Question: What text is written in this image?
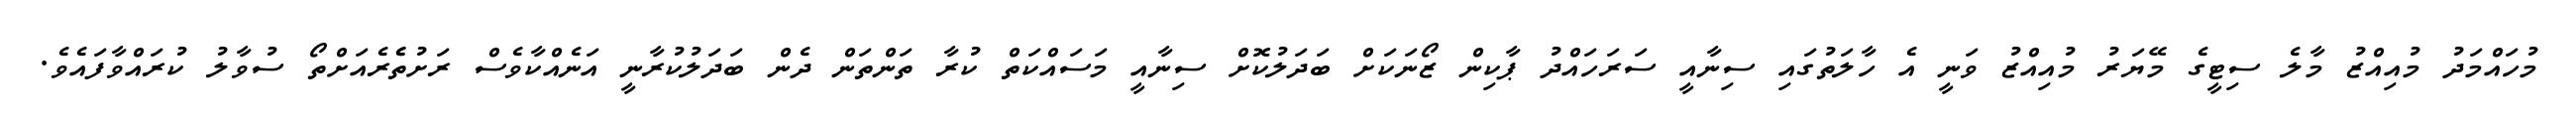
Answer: މުހައްމަދު މުއިއްޒު މާލެ ސިޓީގެ މޭޔަރު މުއިއްޒު ވަނީ އެ ހާލަތުގައި ސިނާއީ ސަރަހައްދު ޕާކިން ޒޯނަކަށް ބަދަލުކޮށް ސިނާއީ މަސައްކަތް ކުރާ ތަންތަން ދެން ބަދަލުކުރާނީ އަނެއްކާވެސް ރަށުތެެރެއަށްތޯ ސުވާލު ކުރައްވާފައެވެ.